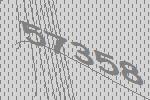
57358